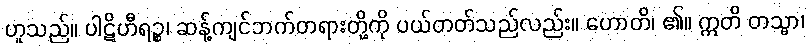
ဟူသည်။ ပါဋိဟီရဉ္စ၊ ဆန့်ကျင်ဘက်တရားတို့ကို ပယ်တတ်သည်လည်း။ ဟောတိ၊ ၏။ ဣတိ တသ္မာ၊